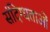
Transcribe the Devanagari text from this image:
संदिग्धताओं